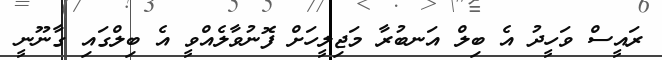
ރައީސް ވަހީދު އެ ބިލް އަނބުރާ މަޖިލީހަށް ފޮނުވާލެއްވީ އެ ބިލްގައި ގާނޫނީ